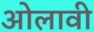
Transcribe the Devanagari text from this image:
ओलावी